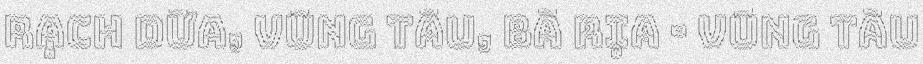
Rạch Dừa, Vũng Tàu, Bà Rịa - Vũng Tàu